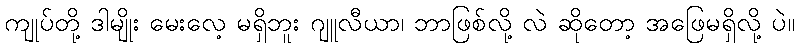
ကျုပ်တို့ ဒါမျိုး မေးလေ့ မရှိဘူး ဂျူလီယာ၊ ဘာဖြစ်လို့ လဲ ဆိုတော့ အဖြေမရှိလို့ ပဲ။